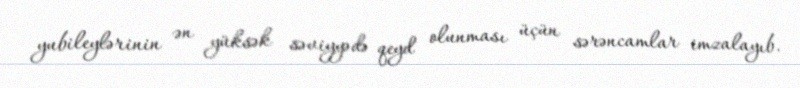
yubileylərinin ən yüksək səviyyədə qeyd olunması üçün sərəncamlar imzalayıb.